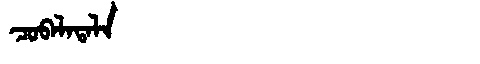
Manchu: ᠴᠣᠪᠠᠯᠠᡨᠠᠯᠠ
Romanization: COBALATALA